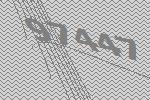
97447